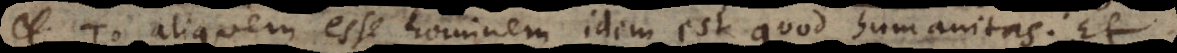
Το aliquem esse hominem idem est quod Á h